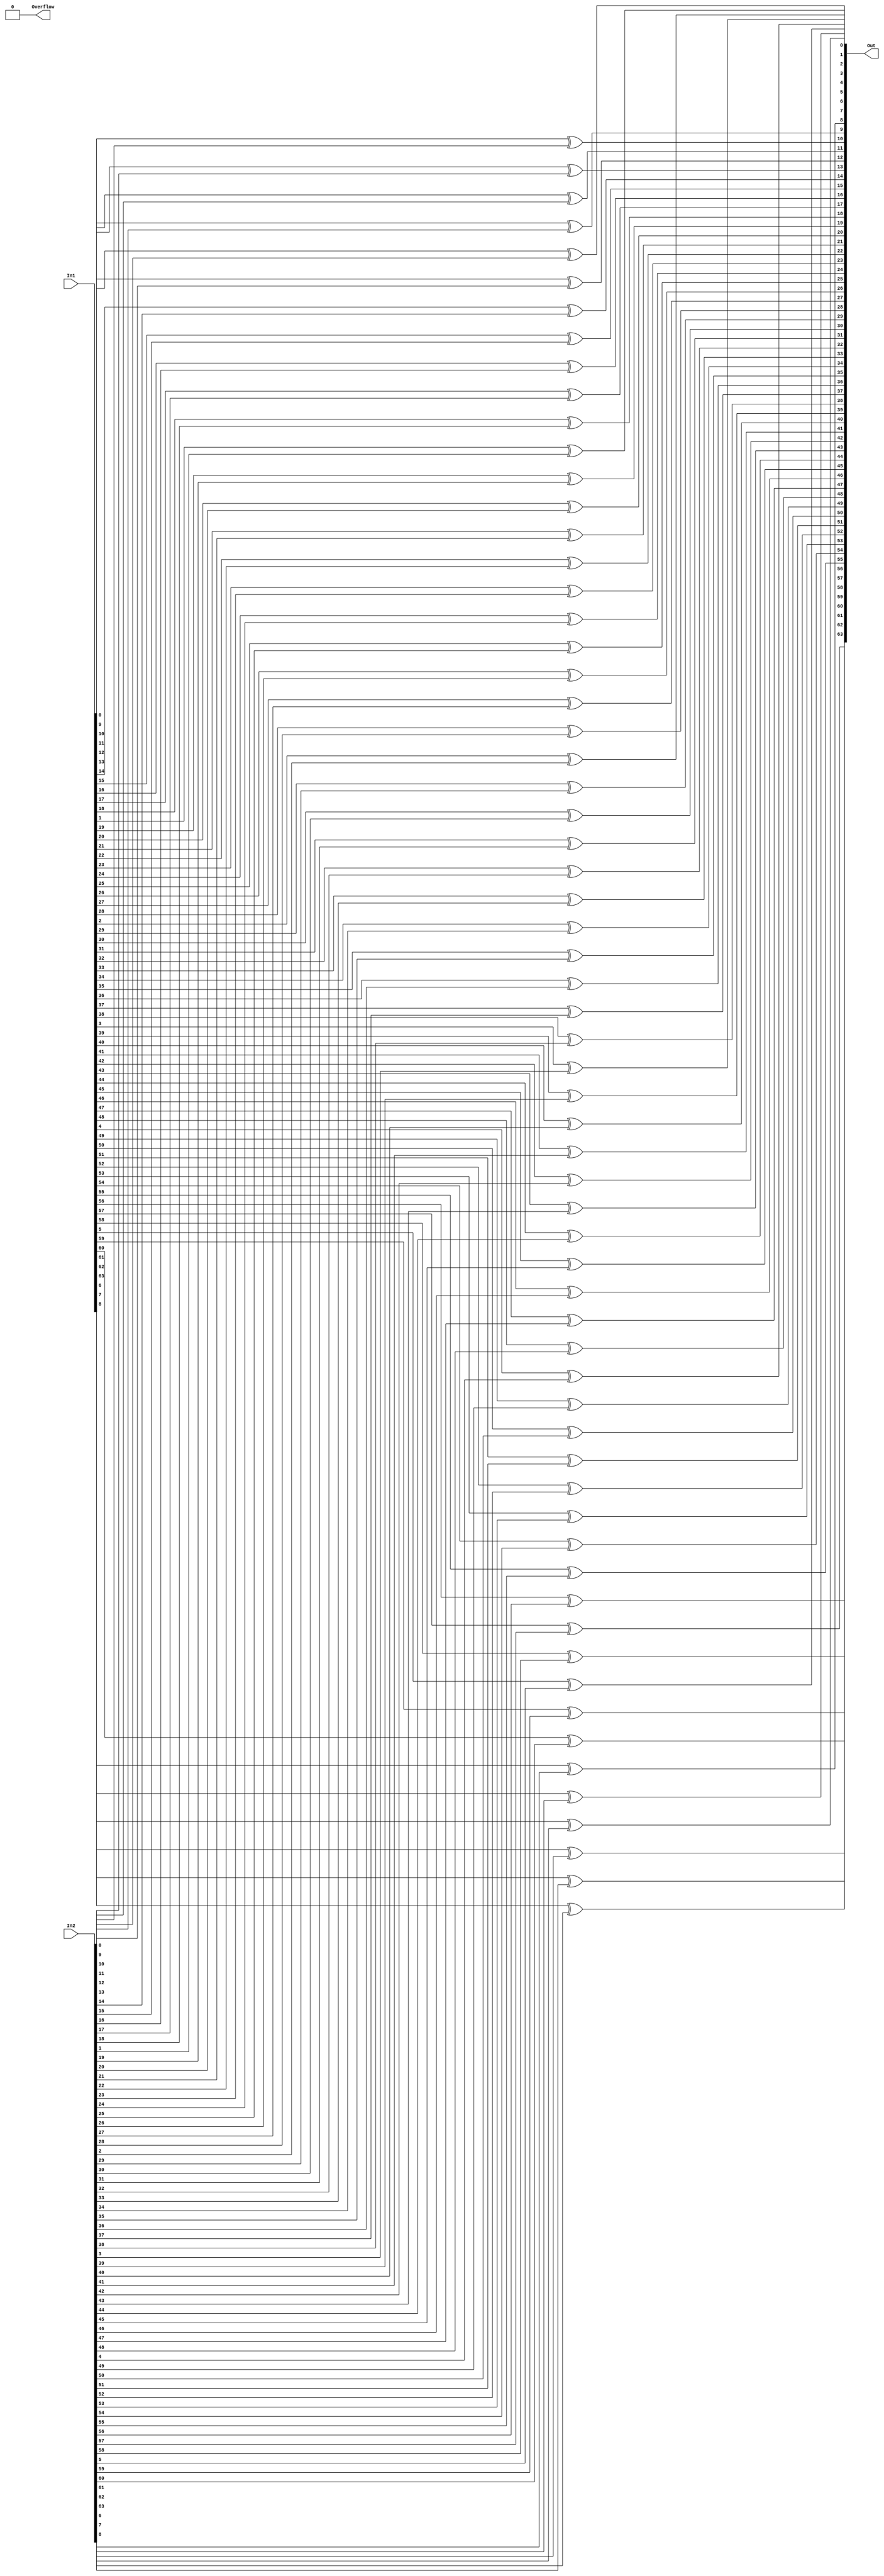
module Xor (In1,In2,Out,Overflow);
    parameter N = 64;
    input [N-1:0] In1,In2;
    output [N-1:0]Out;
    output Overflow;

    genvar i;
    generate
        for (i = 0; i < 64; i = i + 1)
            xor x1(Out[i], In1[i], In2[i]);
    endgenerate
    assign Overflow = 1'b0;
endmodule